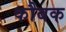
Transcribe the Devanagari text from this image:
कौबक